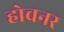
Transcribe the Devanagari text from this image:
होचनर